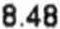
8.48